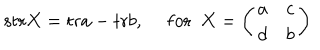
LaTeX: \mathrm { s t r } X = \mathrm { t r } a - \mathrm { t r } b , ~ ~ \mathrm { f o r } ~ ~ X = \left( \begin{array} { c c } { { a } } & { { c } } \\ { { d } } & { { b } } \\ \end{array} \right)